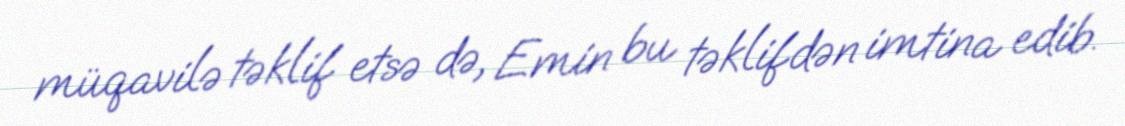
müqavilə təklif etsə də, Emin bu təklifdən imtina edib.